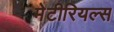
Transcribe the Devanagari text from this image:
मेटीरियल्स